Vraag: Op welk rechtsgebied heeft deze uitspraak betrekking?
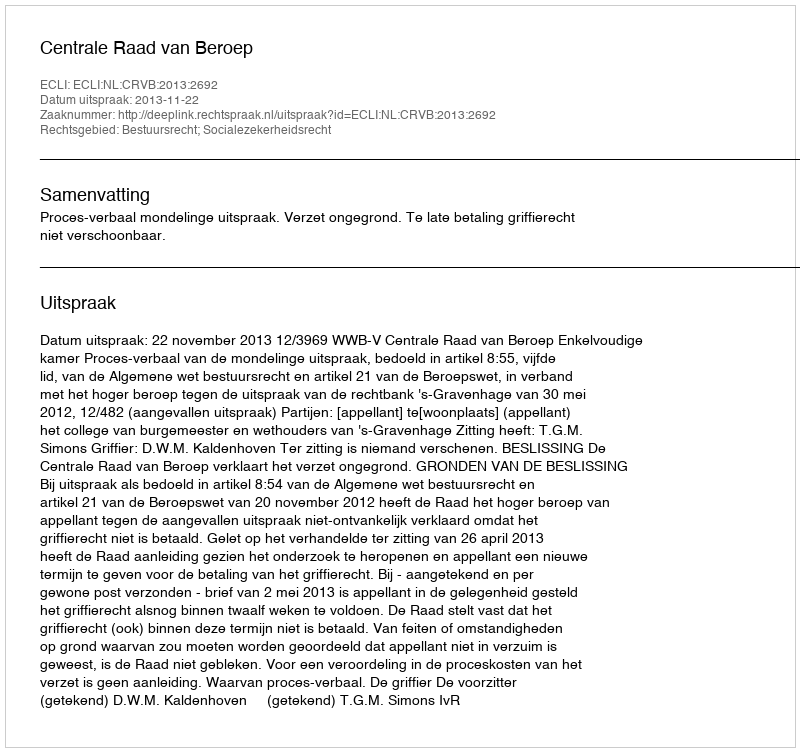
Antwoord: Bestuursrecht; Socialezekerheidsrecht